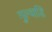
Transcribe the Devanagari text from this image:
गुल्वाडि